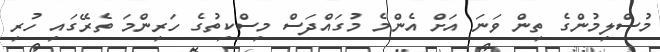
މުސްލިމުންގެ ތިން ވަނަ އަށް އެންމެ މުގައްދަސް މިސްކިތުގެ ހަރިންމަ ތެރޭގައި ހުރި